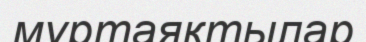
мұртаяқтылар